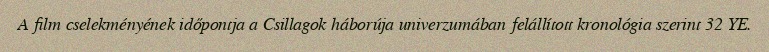
A film cselekményének időpontja a Csillagok háborúja univerzumában felállított kronológia szerint 32 YE.